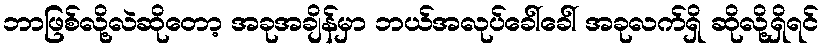
ဘာဖြစ်လို့လဲဆိုတော့ အခုအချိန်မှာ ဘယ်အလုပ်ခေါ်ခေါ် အခုလက်ရှိ ဆိုလို့ရှိရင်